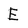
Character: E